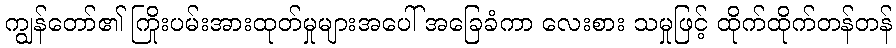
ကျွန်တော်၏ ကြိုးပမ်းအားထုတ်မှုများအပေါ် အခြေခံကာ လေးစား သမှုဖြင့် ထိုက်ထိုက်တန်တန်